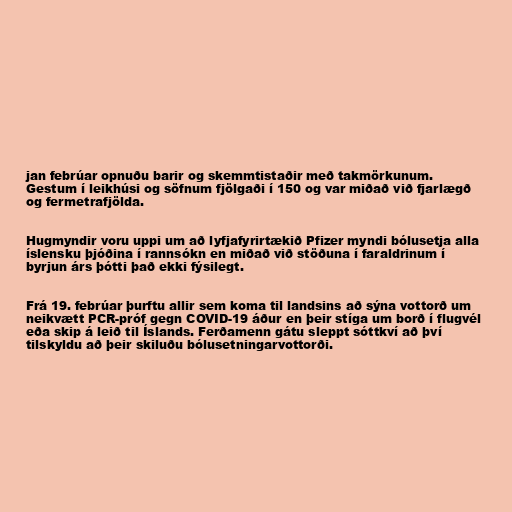
jan febrúar opnuðu barir og skemmtistaðir með takmörkunum.
Gestum í leikhúsi og söfnum fjölgaði í 150 og var miðað við fjarlægð
og fermetrafjölda.

Hugmyndir voru uppi um að lyfjafyrirtækið Pfizer myndi bólusetja alla
íslensku þjóðina í rannsókn en miðað við stöðuna í faraldrinum í
byrjun árs þótti það ekki fýsilegt.

Frá 19. febrúar þurftu allir sem koma til landsins að sýna vottorð um
neikvætt PCR-próf gegn COVID-19 áður en þeir stíga um borð í flugvél
eða skip á leið til Íslands. Ferðamenn gátu sleppt sóttkví að því
tilskyldu að þeir skiluðu bólusetningarvottorði.